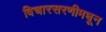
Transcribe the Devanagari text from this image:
विचारसरणीमधून